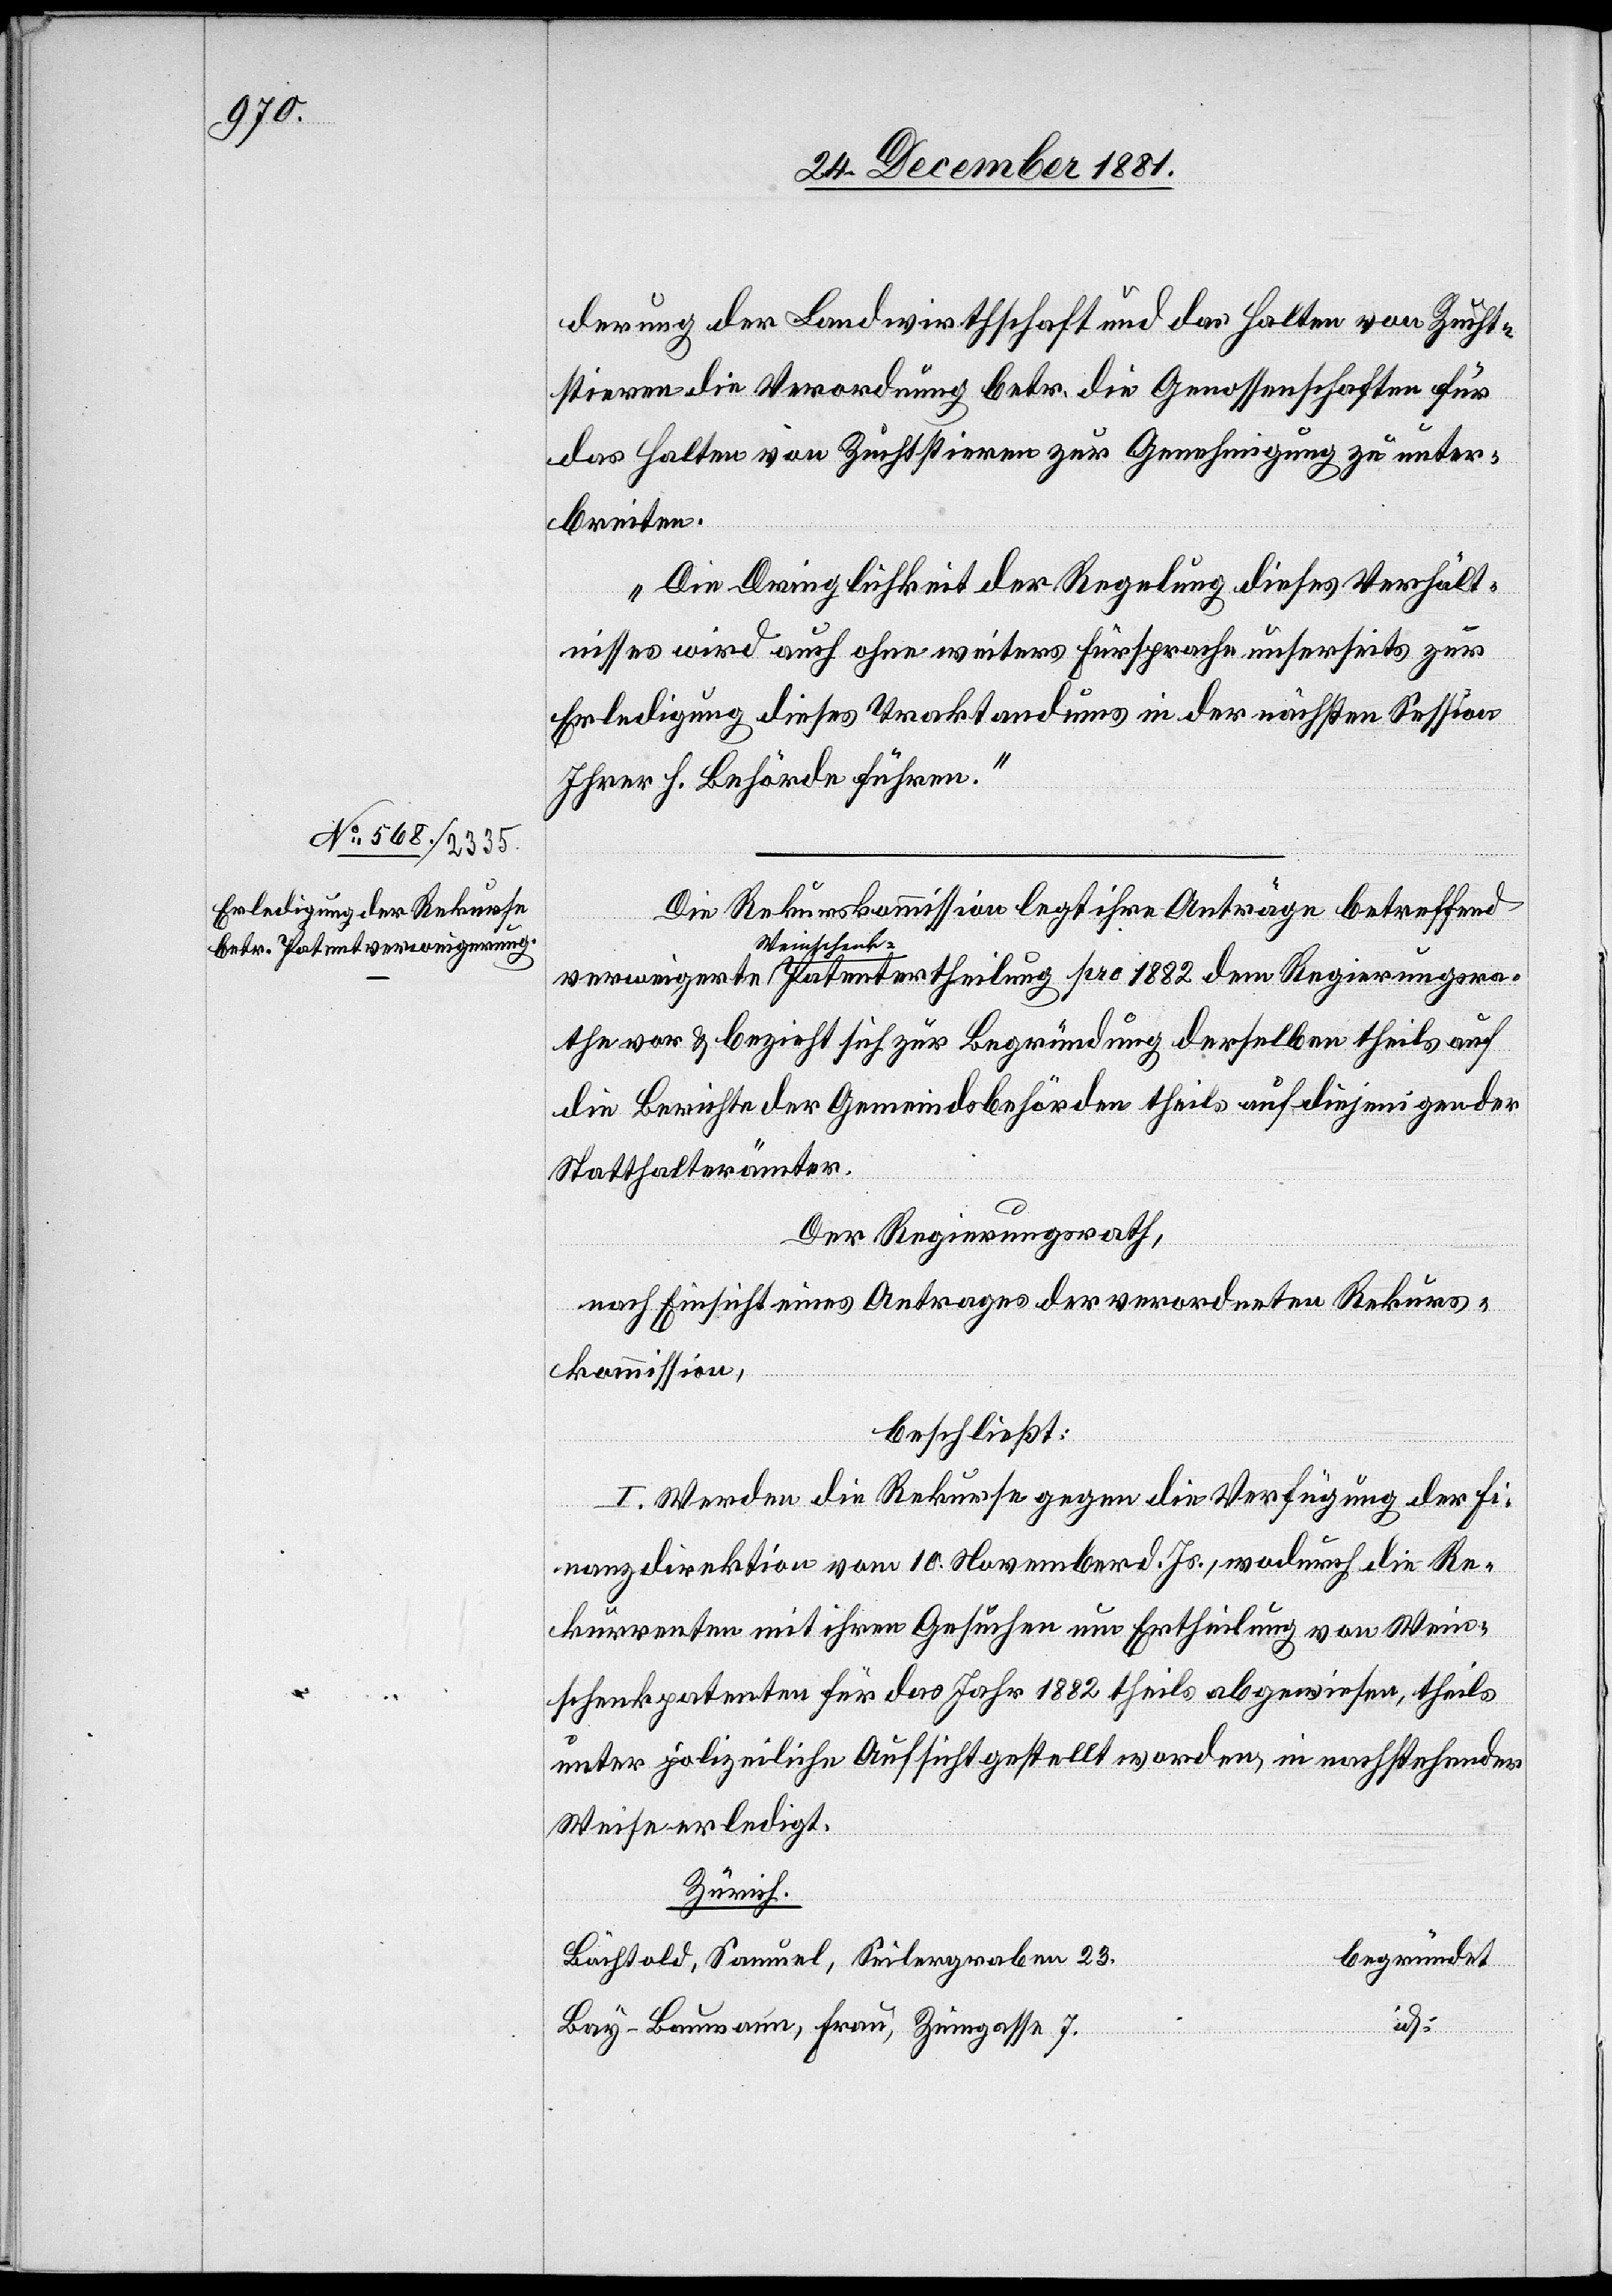
derung der Landwirthschaft und das Halten von Zucht¬
stieren die Verordnung betr. die Genossenschaften für
das Halten von Zuchtstieren zur Genehmigung zu unter¬
breiten.
Die Dringlichkeit der Regelung dieses Verhält¬
nisses wird auch ohne weitere Fürspreche unserseits zur
Erledigung dieses Traktandums in der nächsten Session
Ihrer h. Behörde führen.“
Die Rekurskommission legt ihre Anträge betreffend
e vor & bezieht sich zur Begründung derselben theils auf
die Berichte der Gemeindsbehörden theils auf diejenigen der
Statthalterämter.
Der Regierungsrath,
nach Einsicht eines Antrages der verordneten Rekurs¬
kommission,
beschließt:
I. Werden die Rekurse gegen die Verfügung der Fi¬
nanzdirektion vom 10. November d. Js, wodurch die Re¬
kurrenten mit ihren Gesuchen um Ertheilung von Wein¬
schenkpatenten für das Jahr 1882 theils abgewiesen, theils
unter polizeiliche Aufsicht gestellt worden, in nachstehender
Weise erledigt.
Zürich.
Bächtold, Samuel, Seilergraben 23.
begründet
Bay-Baumann, Frau, Zinngasse 7